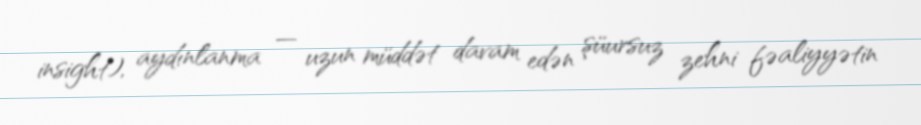
insight), aydınlanma — uzun müddət davam edən şüursuz zehni fəaliyyətin